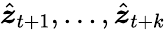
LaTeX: \hat{\boldsymbol{z}}_{t+1},...,\hat{\boldsymbol{z}}_{t+k}